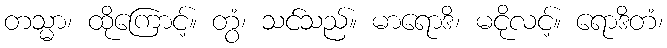
တသ္မာ၊ ထိုကြောင့်။ တွံ၊ သင်သည်။ မာရောဒိ၊ မငိုလင့်။ ရောဒိတံ၊